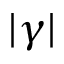
| \gamma |